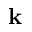
\mathbf { k }